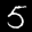
Label: 5